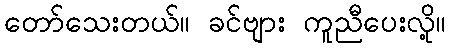
တော်သေးတယ်။ ခင်ဗျား ကူညီပေးလို့။